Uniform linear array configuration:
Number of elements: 24
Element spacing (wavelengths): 0.75
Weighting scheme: uniform
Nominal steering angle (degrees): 30
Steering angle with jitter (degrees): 31.799
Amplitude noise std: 0.05
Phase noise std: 0.05

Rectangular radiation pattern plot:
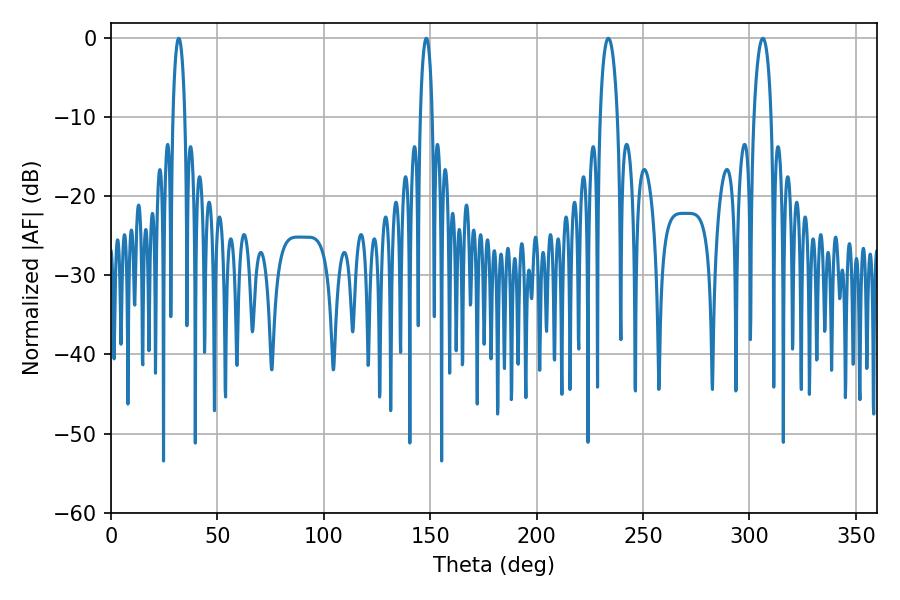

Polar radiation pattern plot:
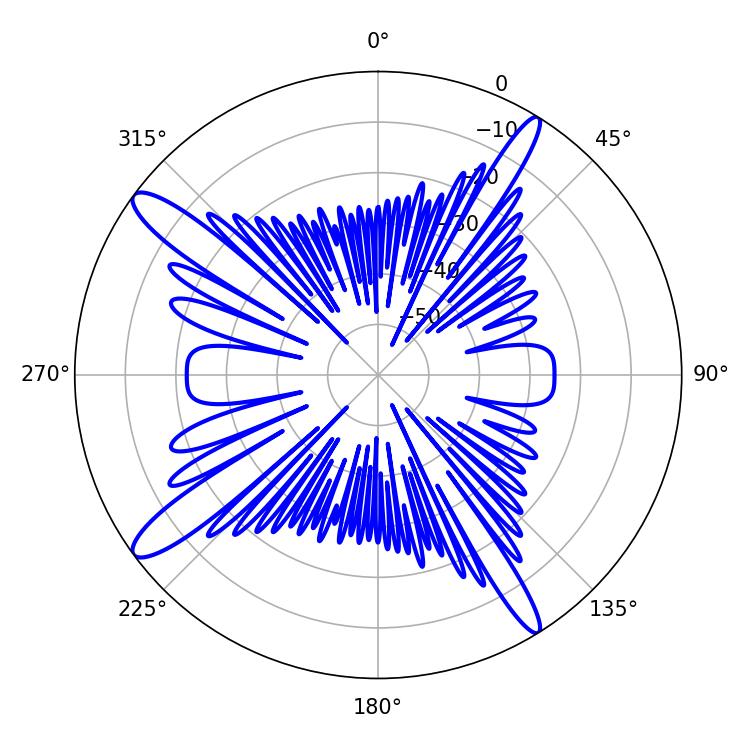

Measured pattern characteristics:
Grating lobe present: TRUE
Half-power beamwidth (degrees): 3.24
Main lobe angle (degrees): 31.86